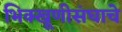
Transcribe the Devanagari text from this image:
भिक्खूणीसंघाचे